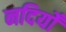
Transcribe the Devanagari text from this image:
नदियोँ